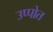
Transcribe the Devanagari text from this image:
उप्पोत